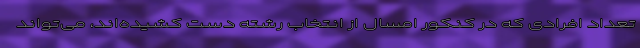
تعداد افرادی که در کنکور امسال از انتخاب رشته دست کشیده‌اند، می‌تواند